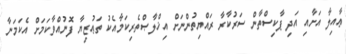
ޢާއިލާ އަށާއި އަދި ޕާކިސްތާން ސަރުކާރާ ރައްޔިތުންނަށް އިޚްލާޞްތެރިކަމާއެކު ތަޢުޒިޔާ ފޮނުއްވާކަމަށް އެކަމަނާ